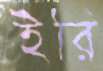
ইরি